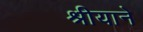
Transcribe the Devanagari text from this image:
श्रीयाने